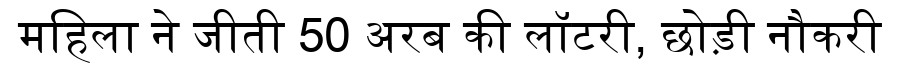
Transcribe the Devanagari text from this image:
महिला ने जीती 50 अरब की लॉटरी, छोड़ी नौकरी